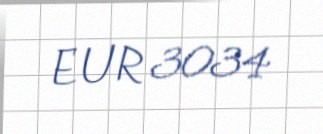
EUR 3034